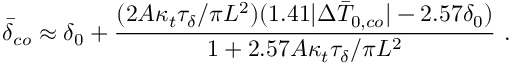
\bar { \delta } _ { c o } \approx \delta _ { 0 } + \frac { ( 2 A \kappa _ { t } \tau _ { \delta } / \pi L ^ { 2 } ) ( 1 . 4 1 | \Delta \bar { T } _ { 0 , c o } | - 2 . 5 7 \delta _ { 0 } ) } { 1 + 2 . 5 7 A \kappa _ { t } \tau _ { \delta } / \pi L ^ { 2 } } \ .